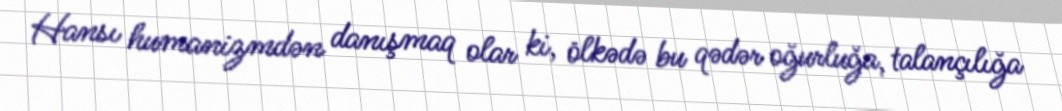
Hansı humanizmdən danışmaq olar ki, ölkədə bu qədər oğurluğa, talançılığa